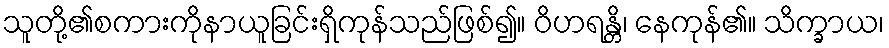
သူတို့၏စကားကိုနာယူခြင်းရှိကုန်သည်ဖြစ်၍။ ဝိဟရန္တိ၊ နေကုန်၏။ သိက္ခာယ၊